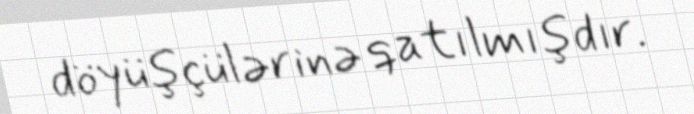
döyüşçülərinə qatılmışdır.